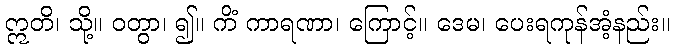
ဣတိ၊ သို့။ ဝတွာ၊ ၍။ ကိံ ကာရဏာ၊ ကြောင့်။ ဒေမ၊ ပေးရကုန်အံ့နည်း။